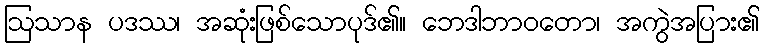
ဩသာန ပဒဿ၊ အဆုံးဖြစ်သောပုဒ်၏။ ဘေဒါဘာဝတော၊ အကွဲအပြား၏